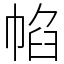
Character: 㡊